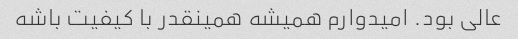
عالی بود. امیدوارم همیشه همینقدر با کیفیت باشه